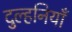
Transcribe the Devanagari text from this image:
दुल्हनियाँ